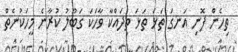
ތިހެން ފޮނި އަނގަ ތަޅަ ތަޅަ ތިދައްކާ ވާހަކަ ގަބޫލު ކުރާނެ މީހަކުނެތް